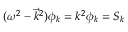
( \omega ^ { 2 } - \vec { k } ^ { 2 } ) \phi _ { k } = k ^ { 2 } \phi _ { k } = S _ { k }